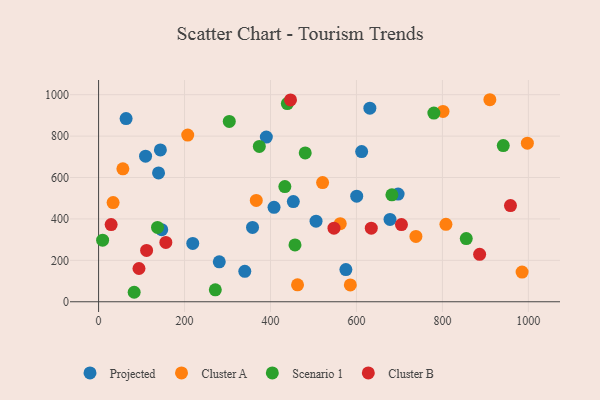
{"axis": {"x": "Investment", "y": "Exam Score"}, "legend": ["Cluster A", "Cluster B", "Projected", "Scenario 1"], "data": [{"x": "575.4", "y": 155.3, "type": "Projected"}, {"x": "64.0", "y": 884.9, "type": "Projected"}, {"x": "280.8", "y": 193.0, "type": "Projected"}, {"x": "506.0", "y": 389.2, "type": "Projected"}, {"x": "600.6", "y": 510.1, "type": "Projected"}, {"x": "631.2", "y": 934.8, "type": "Projected"}, {"x": "219.1", "y": 281.6, "type": "Projected"}, {"x": "143.8", "y": 733.2, "type": "Projected"}, {"x": "678.1", "y": 397.8, "type": "Projected"}, {"x": "453.1", "y": 483.6, "type": "Projected"}, {"x": "612.1", "y": 725.3, "type": "Projected"}, {"x": "390.3", "y": 795.2, "type": "Projected"}, {"x": "358.2", "y": 359.1, "type": "Projected"}, {"x": "696.9", "y": 520.2, "type": "Projected"}, {"x": "109.3", "y": 703.1, "type": "Projected"}, {"x": "408.2", "y": 456.0, "type": "Projected"}, {"x": "139.5", "y": 622.3, "type": "Projected"}, {"x": "146.9", "y": 348.0, "type": "Projected"}, {"x": "340.2", "y": 147.1, "type": "Projected"}, {"x": "801.4", "y": 919.2, "type": "Cluster A"}, {"x": "808.2", "y": 374.1, "type": "Cluster A"}, {"x": "997.7", "y": 766.0, "type": "Cluster A"}, {"x": "366.9", "y": 489.6, "type": "Cluster A"}, {"x": "585.7", "y": 81.2, "type": "Cluster A"}, {"x": "33.8", "y": 479.2, "type": "Cluster A"}, {"x": "562.3", "y": 377.3, "type": "Cluster A"}, {"x": "738.4", "y": 315.7, "type": "Cluster A"}, {"x": "56.5", "y": 641.9, "type": "Cluster A"}, {"x": "985.4", "y": 143.5, "type": "Cluster A"}, {"x": "521.2", "y": 575.5, "type": "Cluster A"}, {"x": "207.4", "y": 805.0, "type": "Cluster A"}, {"x": "910.4", "y": 975.7, "type": "Cluster A"}, {"x": "462.9", "y": 81.7, "type": "Cluster A"}, {"x": "82.8", "y": 45.8, "type": "Scenario 1"}, {"x": "304.1", "y": 871.1, "type": "Scenario 1"}, {"x": "439.2", "y": 957.0, "type": "Scenario 1"}, {"x": "271.6", "y": 57.5, "type": "Scenario 1"}, {"x": "780.1", "y": 911.0, "type": "Scenario 1"}, {"x": "9.4", "y": 297.4, "type": "Scenario 1"}, {"x": "682.5", "y": 516.4, "type": "Scenario 1"}, {"x": "480.8", "y": 718.9, "type": "Scenario 1"}, {"x": "433.4", "y": 556.2, "type": "Scenario 1"}, {"x": "457.0", "y": 274.7, "type": "Scenario 1"}, {"x": "137.1", "y": 359.0, "type": "Scenario 1"}, {"x": "855.5", "y": 305.0, "type": "Scenario 1"}, {"x": "374.0", "y": 750.1, "type": "Scenario 1"}, {"x": "941.6", "y": 754.5, "type": "Scenario 1"}, {"x": "156.5", "y": 286.6, "type": "Cluster B"}, {"x": "704.7", "y": 372.9, "type": "Cluster B"}, {"x": "29.2", "y": 372.6, "type": "Cluster B"}, {"x": "446.6", "y": 974.6, "type": "Cluster B"}, {"x": "94.0", "y": 160.5, "type": "Cluster B"}, {"x": "547.7", "y": 355.5, "type": "Cluster B"}, {"x": "958.4", "y": 464.6, "type": "Cluster B"}, {"x": "634.5", "y": 355.4, "type": "Cluster B"}, {"x": "111.7", "y": 248.0, "type": "Cluster B"}, {"x": "886.6", "y": 229.3, "type": "Cluster B"}]}